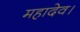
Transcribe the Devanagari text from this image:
महादेव।